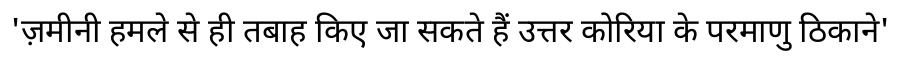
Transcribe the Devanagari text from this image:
'ज़मीनी हमले से ही तबाह किए जा सकते हैं उत्तर कोरिया के परमाणु ठिकाने'